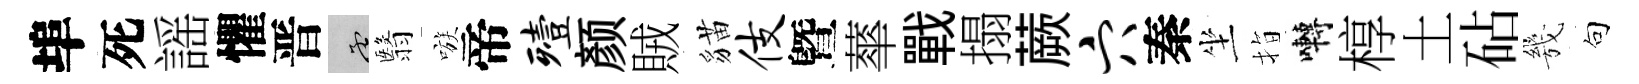
埠死謡懼晋孟翳嗾帝殪颜賊貓伎曁蕐戰搨蕨穴秦坐指囀椁土砧㡬句